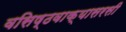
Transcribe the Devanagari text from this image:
वसिष्ठवाक्यासरसी